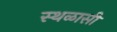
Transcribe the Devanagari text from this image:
स्थळासी